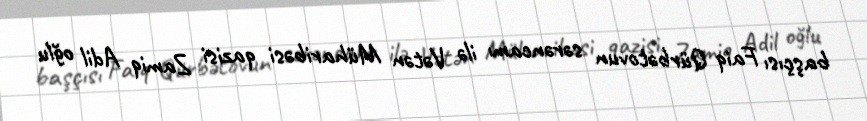
başçısı Faiq Qürbətovun sərəncamı ilə Vətən Müharibəsi qazisi Zamiq Adil oğlu